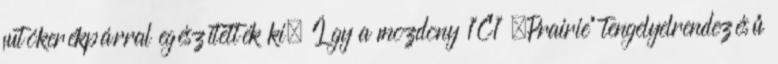
futókerékpárral egészítették ki. Így a mozdony 1'C1' „Prairie” tengelyelrendezésű